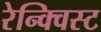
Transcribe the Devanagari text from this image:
रेन्क्विस्ट